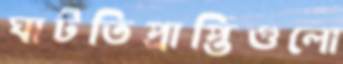
ঘাটতিপ্রাপ্তিগুলো